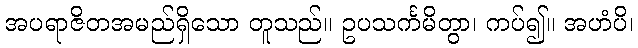
အပရာဇိတအမည်ရှိသော တူသည်။ ဥပသင်္ကမိတွာ၊ ကပ်၍။ အဟံပိ၊